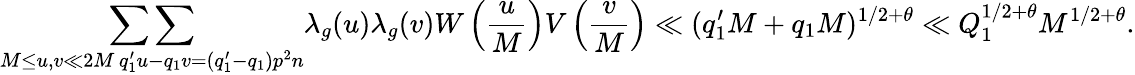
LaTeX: \mathop{\sum\sum}_{\substack{M\leq u,v\ll 2M\, q_{1}^{\prime}u-q_{1}v=(q_{1}^{\prime}-q_{1})p^{2}n}}\lambda_{g}(u)\lambda_{g}(v)W\left(\frac{u}{M}\right)V\left(\frac{v}{M}\right)\ll(q_{1}^{\prime}M+q_{1}M)^{1/2+\theta}\ll Q_{1}^{1/2+\theta}M^{1/2+\theta}.